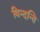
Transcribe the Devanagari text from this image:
विन्दन्ति